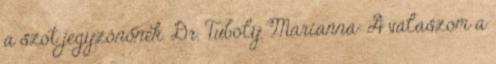
a szót jegyzőnőnek. Dr. Tuboly Marianna: A válaszom a